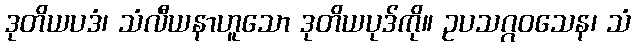
ဒုတိယပဒံ၊ သံလီယနာဟူသော ဒုတိယပုဒ်ကို။ ဥပသဂ္ဂဝသေန၊ သံ